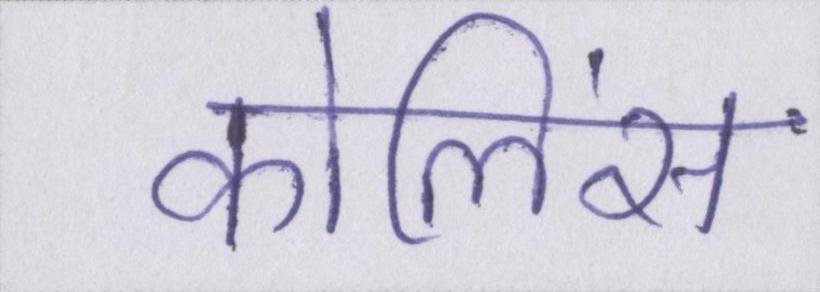
कोलिंस